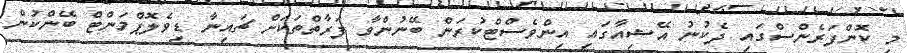
މި ކޮންފަރެންސްގައި ދެކުނު އޭޝިއާގައި އިންވެސްޓްކުރަން ބޭނުންވާ ފަރާތްތަކަށް ޗައިނާ ޑިވެލޮޮޕްމަންޓް ބޭންކުން